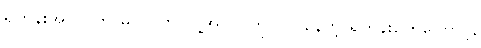
ရဟန်းအလုပ်ကို မလုပ်ဘဲ လူ့အလုပ်ကို လုပ်နေတဲ့ ရဟန်းတွေကြောင့်,